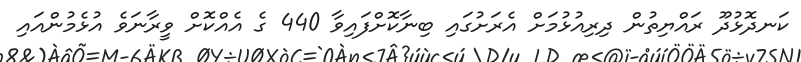
ކަނދޮޅުދޫ ރައްޔިތުން ދިރިއުޅުމަށް އެރަށުގައި ބިނާކޮށްފައިވާ 440 ގެ އެއްކޮށް ވީރާނަވެ އުޅެމުންއައި